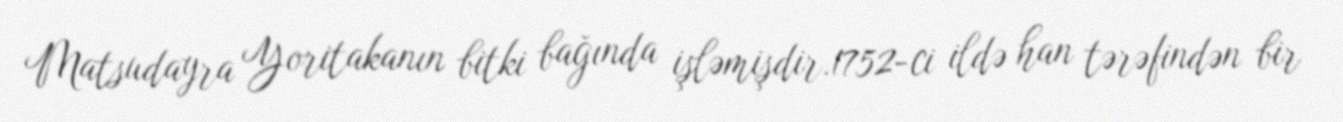
Matsudayra Yoritakanın bitki bağında işləmişdir.1752-ci ildə han tərəfindən bir